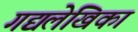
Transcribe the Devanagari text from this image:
गद्यलेखिका